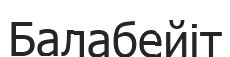
Балабейіт